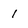
Character: 1